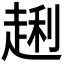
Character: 𲃎